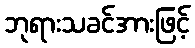
ဘုရားသခင်အားဖြင့်